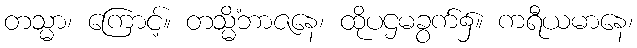
တသ္မာ၊ ကြောင့်။ တသ္မိံဘာဇနေ၊ ထိုပဌမခွက်၌။ ကရီယမာနေ၊